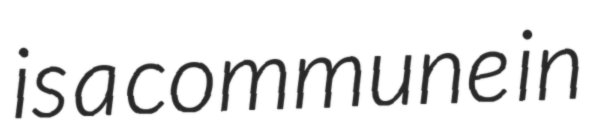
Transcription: is a commune in